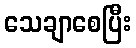
သေချာစေပြီး